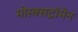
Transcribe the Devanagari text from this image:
मोस्क्सट्रॉमेन